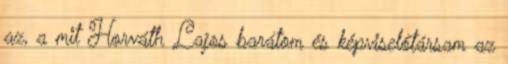
az, a mit Horváth Lajos barátom és képviselőtársam az